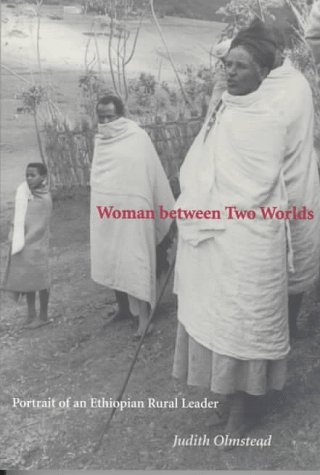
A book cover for Woman between Two Worlds: PORTRAIT OF AN ETHIOPIAN RURAL LEADER; Judith Olmstead; History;